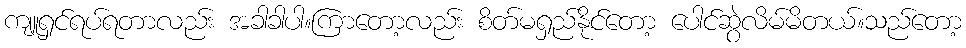
ကျူရှင်ရပ်ရတာလည်း အခါခါပါ။ကြာတော့လည်း စိတ်မရှည်နိုင်တော့ ပေါင်ဆွဲလိမ်မိတယ်။သည်တော့